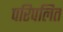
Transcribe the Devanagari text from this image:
परिपलित